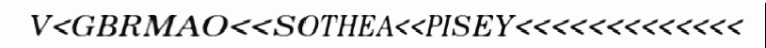
V<GBRMAO<<SOTHEA<<PISEY<<<<<<<<<<<<<